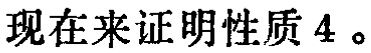
现在来证明性质 4 。